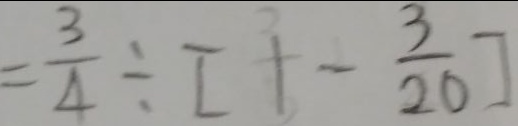
= \frac { 3 } { 4 } \div [ 1 - \frac { 3 } { 2 0 } ]